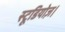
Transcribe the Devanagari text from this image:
स्टूडियोज़।